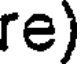
re)